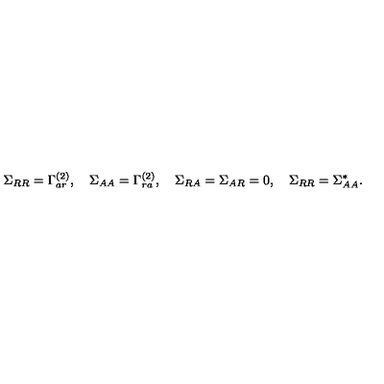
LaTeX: \Sigma _ { R R } = \Gamma _ { a r } ^ { ( 2 ) } , \quad \Sigma _ { A A } = \Gamma _ { r a } ^ { ( 2 ) } , \quad \Sigma _ { R A } = \Sigma _ { A R } = 0 , \quad \Sigma _ { R R } = \Sigma _ { A A } ^ { * } .